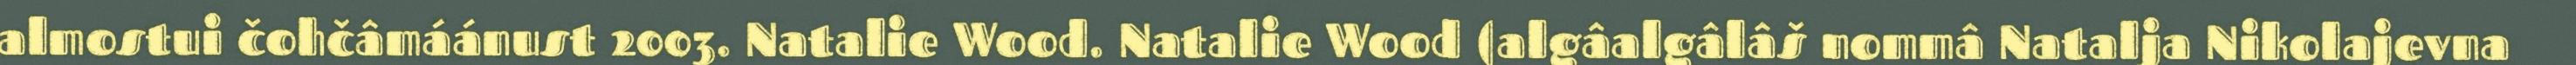
almostui čohčâmáánust 2003. Natalie Wood. Natalie Wood (algâalgâlâš nommâ Natalja Nikolajevna